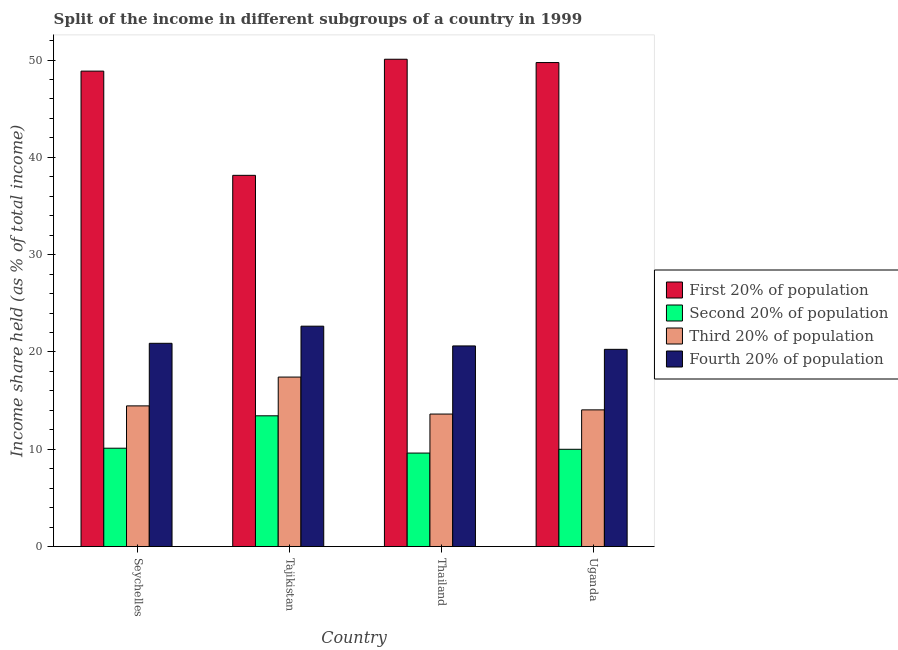
| Country | First 20% of population | Second 20% of population | Third 20% of population | Fourth 20% of population |
 | --- | --- | --- | --- | --- |
 | Seychelles | 48.9 | 10.1 | 14.5 | 20.9 |
 | Tajikistan | 38.1 | 13.4 | 17.4 | 22.6 |
 | Thailand | 50.1 | 9.61 | 13.6 | 20.6 |
 | Uganda | 49.7 | 10 | 14.1 | 20.3 |